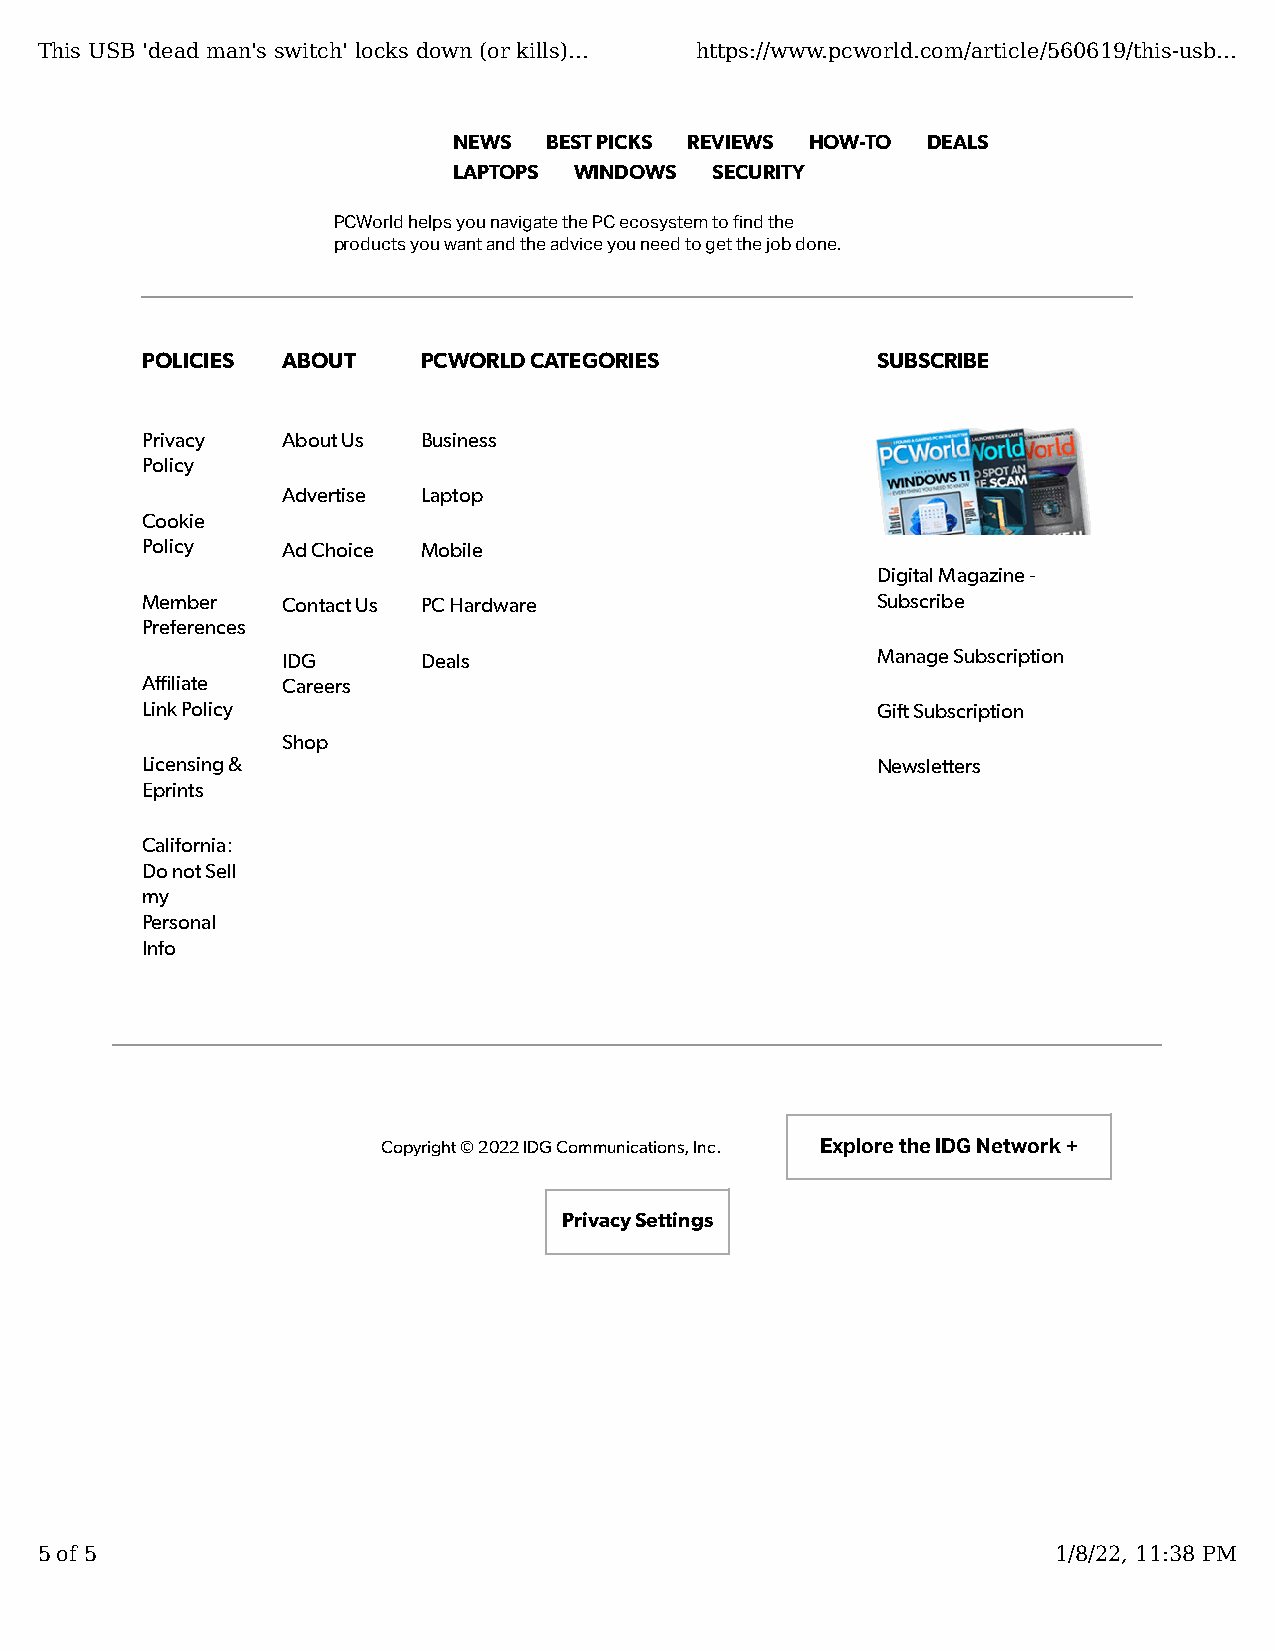
This USB 'dead man's switch' locks down (or kills)... https://www.pcworld.com/article/560619/this-usb...
 NEWS  BEST PICKS REVIEWS HOW-TO DEALS
 LAPTOPS WINDOWS  SECURITY
 PCWorld helps you navigate the PC ecosystem to �nd the
 products you want and the advice you need to get the job done.
 POLICIES  ABOUT    PCWORLD CATEGORIES            SUBSCRIBE
 Privacy   About Us Business
 Policy
 Advertise Laptop
 Cookie
 Policy    Ad Choice Mobile
 Digital Magazine -
 Member    Contact Us PC Hardware                 Subscribe
 Preferences
 IDG      Deals                         Manage Subscription
 A�liate   Careers
 Link Policy                                      Gi� Subscription
 Shop
 Licensing &                                      Newsletters
 Eprints
 California:
 Do not Sell
 my
 Personal
 Info
 Copyright © 2022 IDG Communications, Inc. Explore the IDG Network +
 Privacy Settings
 5 of 5                                                              1/8/22, 11:38 PM